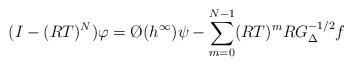
LaTeX: \begin{align*}(I-(RT)^N)\varphi=\O{}(h^\infty)\psi-\sum_{m=0}^{N-1}(RT)^mRG_{\Delta}^{-1/2}f\end{align*}